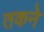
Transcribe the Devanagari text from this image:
तकने